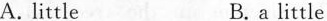
A. little B.a little